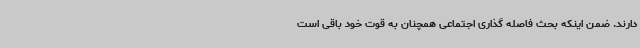
دارند. ضمن اینکه بحث فاصله گذاری اجتماعی همچنان به قوت خود باقی است